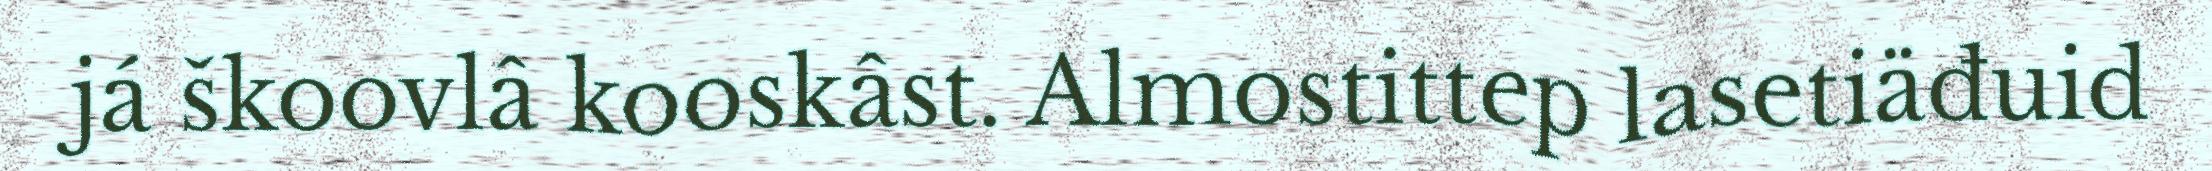
já škoovlâ kooskâst. Almostittep lasetiäđuid